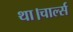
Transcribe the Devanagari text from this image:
था।चार्ल्स